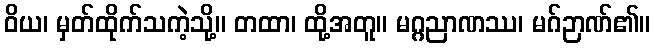
ဝိယ၊ မှတ်ထိုက်သကဲ့သို့။ တထာ၊ ထို့အတူ။ မဂ္ဂညာဏဿ၊ မဂ်ဉာဏ်၏။